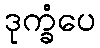
ဒုက္ခံပေ